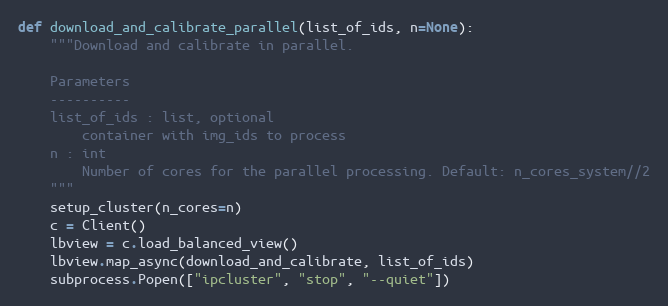
Language: Python
def download_and_calibrate_parallel(list_of_ids, n=None):
    """Download and calibrate in parallel.

    Parameters
    ----------
    list_of_ids : list, optional
        container with img_ids to process
    n : int
        Number of cores for the parallel processing. Default: n_cores_system//2
    """
    setup_cluster(n_cores=n)
    c = Client()
    lbview = c.load_balanced_view()
    lbview.map_async(download_and_calibrate, list_of_ids)
    subprocess.Popen(["ipcluster", "stop", "--quiet"])